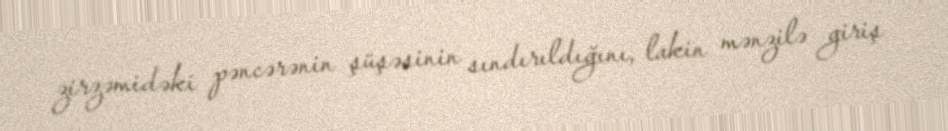
zirzəmidəki pəncərənin şüşəsinin sındırıldığını, lakin mənzilə giriş